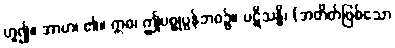
ဟူ၍။ အာဟ၊ ၏။ ဣဓ၊ ဤပစ္စုပ္ပန်ဘဝ၌။ ပဋိသန္ဓိ၊ (အတိတ်ဖြစ်သော